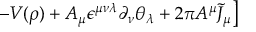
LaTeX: \left. - V ( \rho ) + A _ { \mu } \epsilon ^ { \mu \nu \lambda } \partial _ { \nu } \theta _ { \lambda } + 2 \pi A ^ { \mu } { \tilde { J } } _ { \mu } \right]